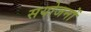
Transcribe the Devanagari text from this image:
सयोजनों